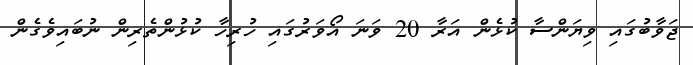
ޖަވާބުގައި ވިޔަންސާ ކުޅެން އަރާ 20 ވަނަ އޯވަރުގައި ހުރިހާ ކުޅުންތެރިން ނުބައިވެގެން